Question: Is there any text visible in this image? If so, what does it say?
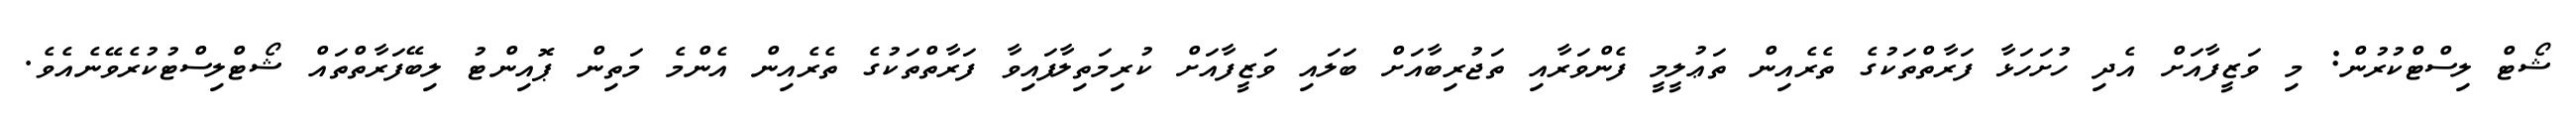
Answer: ޝޯޓް ލިސްޓްކުރުން: މި ވަޒީފާއަށް އެދި ހުށަހަޅާ ފަރާތްތަކުގެ ތެރެއިން ތަޢުލީމީ ފެންވަރާއި ތަޖުރިބާއަށް ބަލައި ވަޒީފާއަށް ކުރިމަތިލާފައިވާ ފަރާތްތަކުގެ ތެރެއިން އެންމެ މަތިން ޕޮއިންޓު ލިބޭފަރާތްތައް ޝޯޓްލިސްޓުކުރެވޭނެއެވެ.